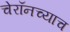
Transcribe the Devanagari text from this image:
चेरॉनच्याच